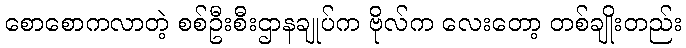
စောစောကလာတဲ့ စစ်ဦးစီးဌာနချုပ်က ဗိုလ်က လေးတော့ တစ်ချိုးတည်း